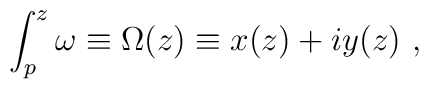
\int_p^z \omega \equiv \Omega(z) \equiv x(z) + i  y(z) ~ ,